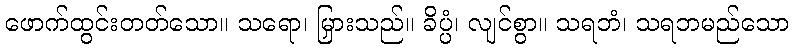
ဖောက်ထွင်းတတ်သော။ သရော၊ မြှားသည်။ ခိပ္ပံ၊ လျင်စွာ။ သရဘံ၊ သရဘမည်သော